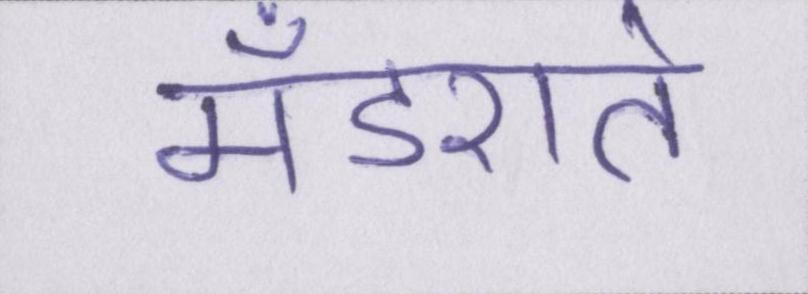
मँडराते